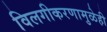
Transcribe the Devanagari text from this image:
विलगीकरणामुळेही